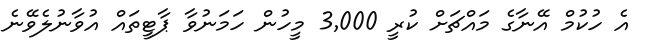
އެ ހުކުމް އޭނާގެ މައްޗަށް ކުރީ 3